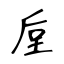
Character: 垕